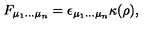
F _ { \mu _ { 1 } \dots \mu _ { n } } = \epsilon _ { \mu _ { 1 } \dots \mu _ { n } } \kappa ( \rho ) ,